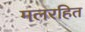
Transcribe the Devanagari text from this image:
मलरहित